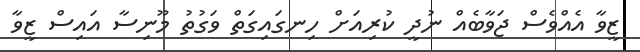
ޒީވާ އެއްވެސް ޖަވާބެއް ނުދީ ކުރިއަށް ހިނގައިގަތް ވަގުތު މޫނިސާ އައިސް ޒީވާ